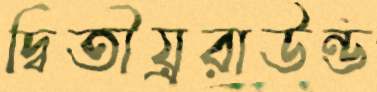
দ্বিতীয়্ররাউন্ড